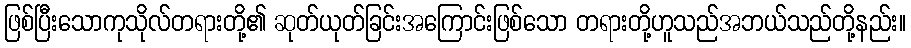
ဖြစ်ပြီးသောကုသိုလ်တရားတို့၏ ဆုတ်ယုတ်ခြင်းအကြောင်းဖြစ်သော တရားတို့ဟူသည်အဘယ်သည်တို့နည်း။